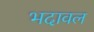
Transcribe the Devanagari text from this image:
भदावल